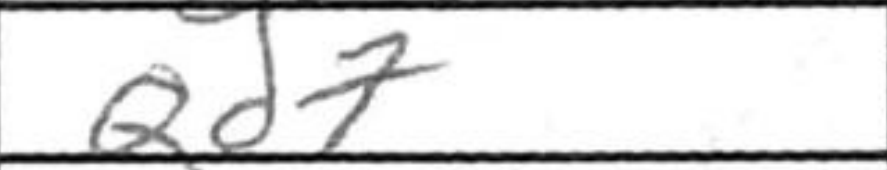
Transcription: Qd7